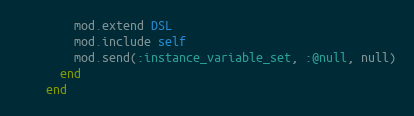
Language: Ruby
        mod.extend DSL
        mod.include self
        mod.send(:instance_variable_set, :@null, null)
      end
    end